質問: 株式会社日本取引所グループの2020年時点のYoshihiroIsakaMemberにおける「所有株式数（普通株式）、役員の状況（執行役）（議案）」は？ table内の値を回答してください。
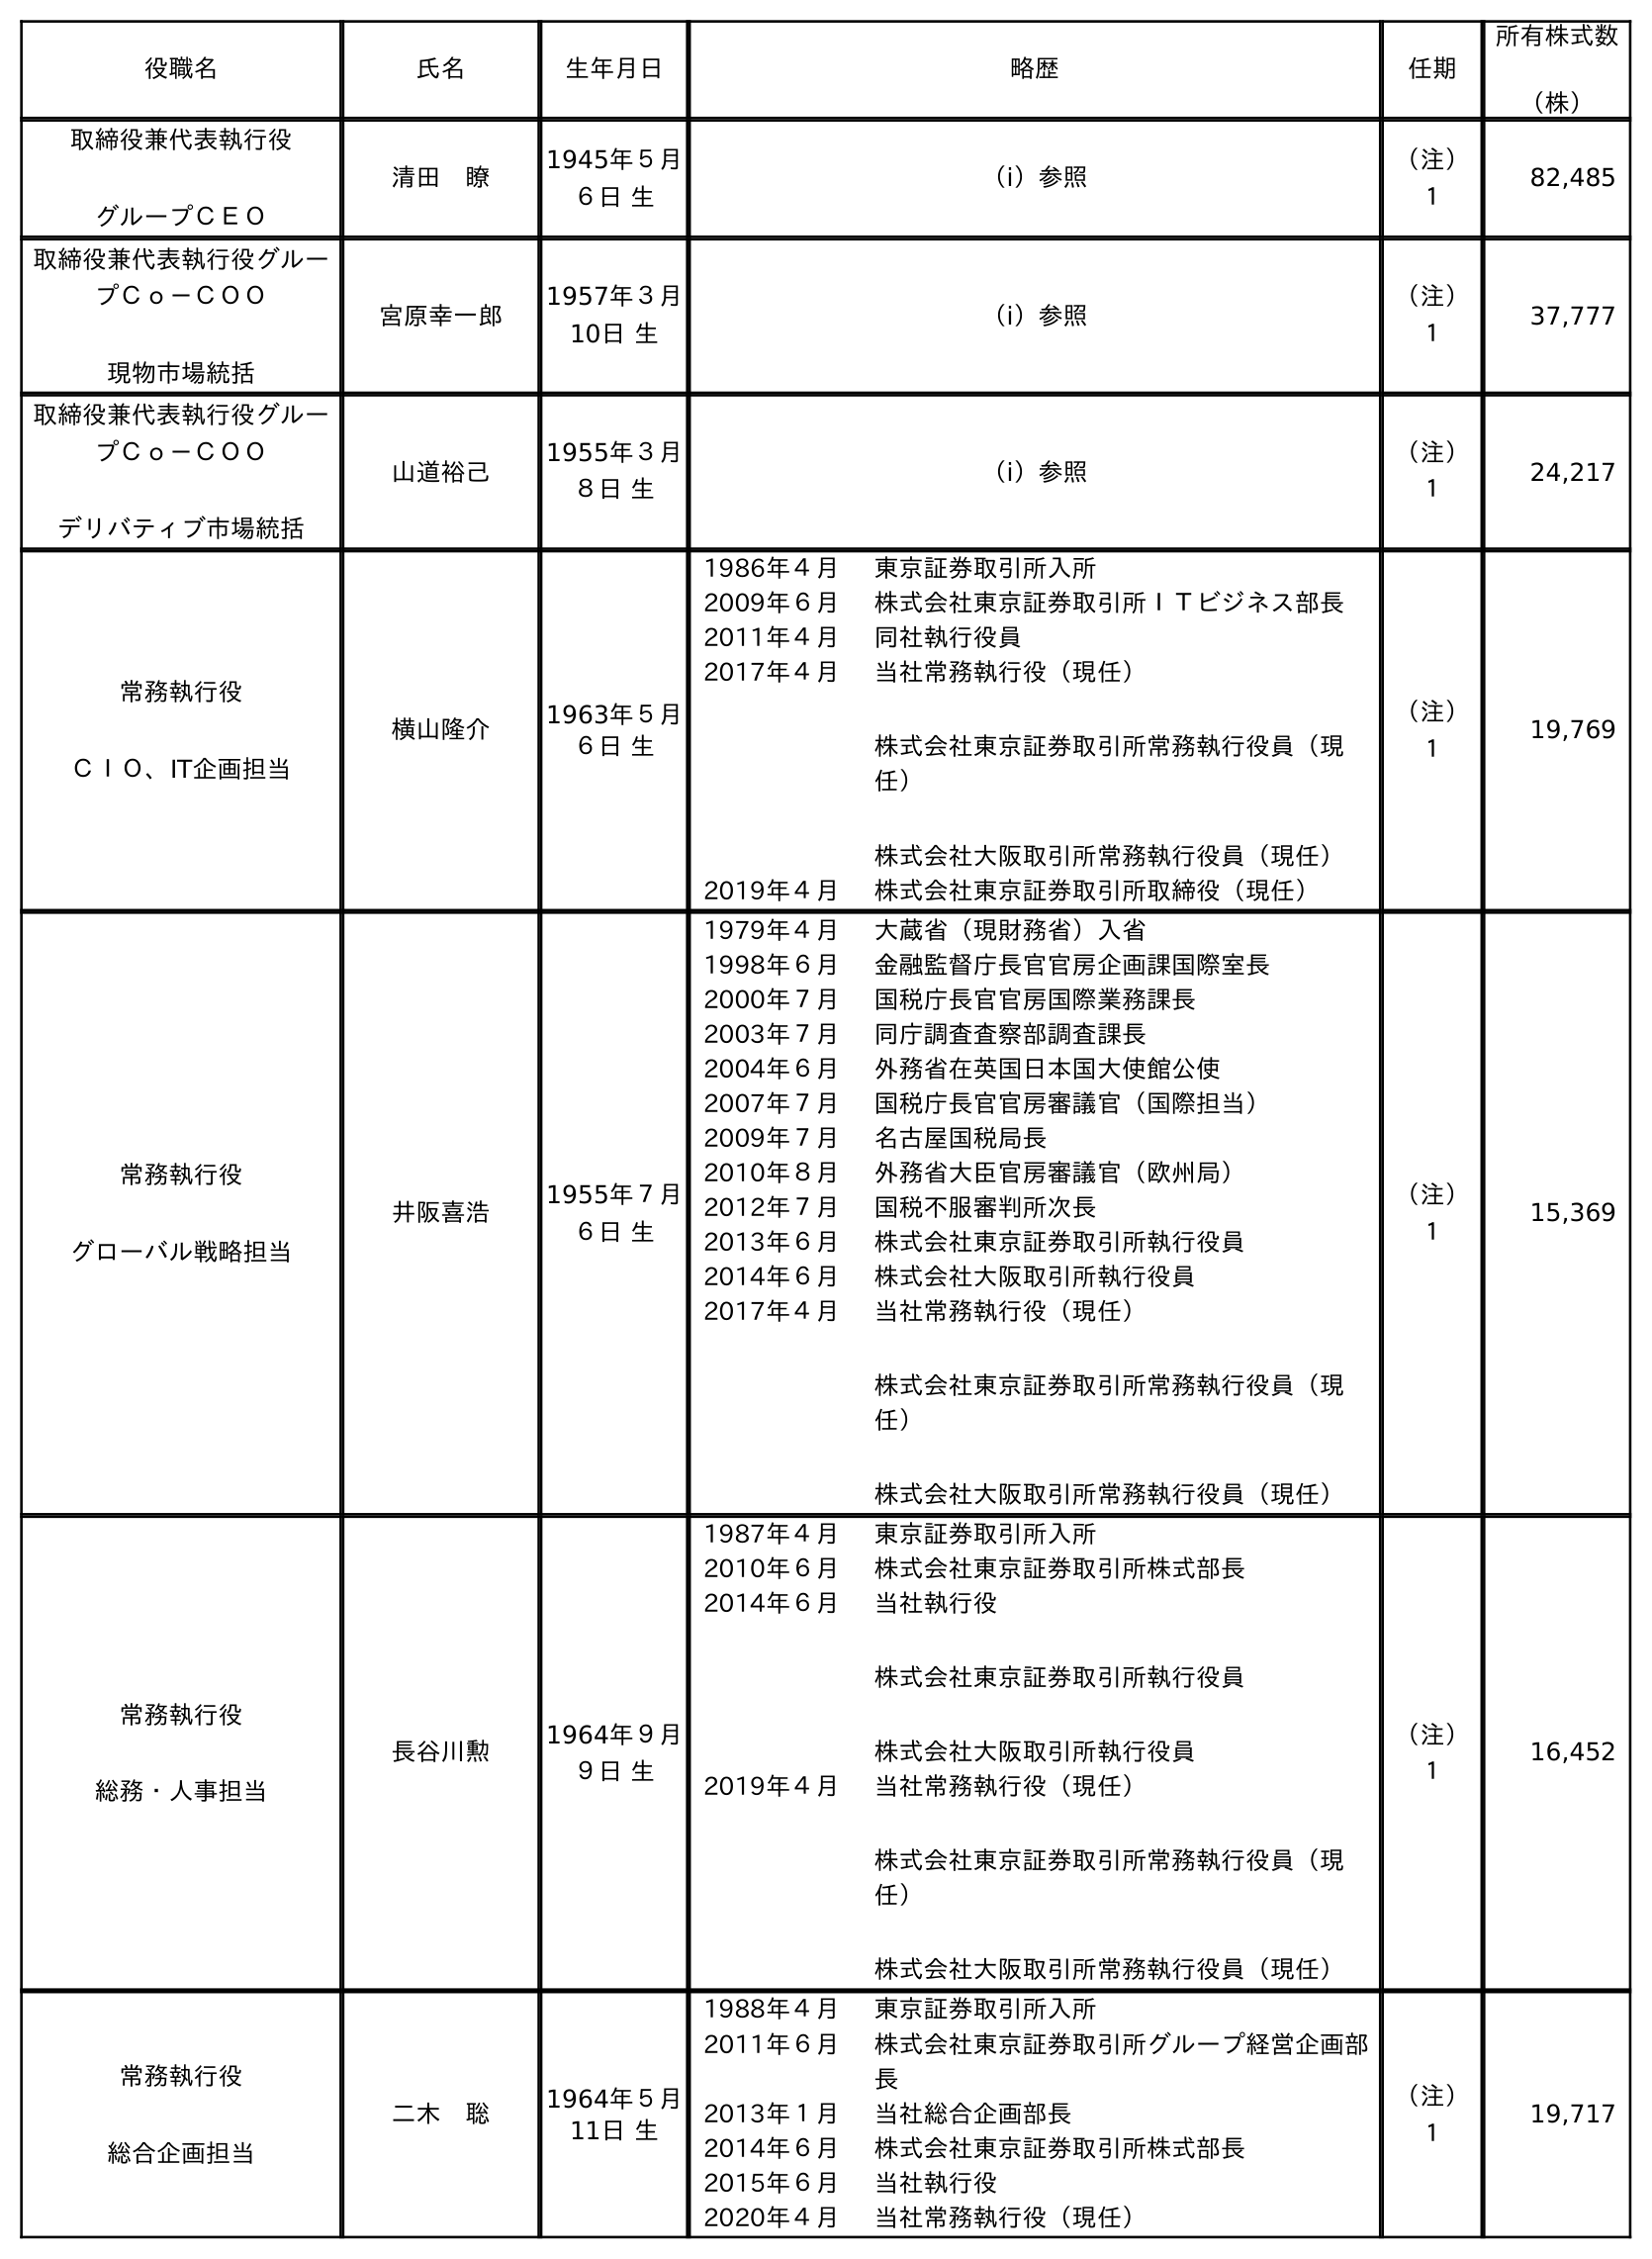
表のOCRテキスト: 役職名 氏名 生年月日 略歴 任期 所有株式数 （株） 取締役兼代表執行役 グループＣＥＯ 清田 瞭 1945年５月 ６日 生 （ⅰ）参照 （注） １ 82,485 取締役兼代表執行役グルー プＣｏ－ＣＯＯ 現物市場統括 宮原幸一郎 1957年３月 10日 生 （ⅰ）参照 （注） １ 37,777 取締役兼代表執行役グルー プＣｏ－ＣＯＯ デリバティブ市場統括 山道裕己 1955年３月 ８日 生 （ⅰ）参照 （注） １ 24,217 常務執行役 ＣＩＯ、IT企画担当 横山隆介 1963年５月 ６日 生 1986年４月 東京証券取引所入所 2009年６月 株式会社東京証券取引所ＩＴビジネス部長 2011年４月 同社執行役員 2017年４月 当社常務執行役（現任） 株式会社東京証券取引所常務執行役員（現 任） 株式会社大阪取引所常務執行役員（現任） 2019年４月 株式会社東京証券取引所取締役（現任） （注） １ 19,769 常務執行役 グローバル戦略担当 井阪喜浩 1955年７月 ６日 生 1979年４月 大蔵省（現財務省）入省 1998年６月 金融監督庁長官官房企画課国際室長 2000年７月 国税庁長官官房国際業務課長 2003年７月 同庁調査査察部調査課長 2004年６月 外務省在英国日本国大使館公使 2007年７月 国税庁長官官房審議官（国際担当） 2009年７月 名古屋国税局長 2010年８月 外務省大臣官房審議官（欧州局） 2012年７月 国税不服審判所次長 2013年６月 株式会社東京証券取引所執行役員 2014年６月 株式会社大阪取引所執行役員 2017年４月 当社常務執行役（現任） 株式会社東京証券取引所常務執行役員（現 任） 株式会社大阪取引所常務執行役員（現任） （注） １ 15,369 常務執行役 総務・人事担当 長谷川勲 1964年９月 ９日 生 1987年４月 東京証券取引所入所 2010年６月 株式会社東京証券取引所株式部長 2014年６月 当社執行役 株式会社東京証券取引所執行役員 株式会社大阪取引所執行役員 2019年４月 当社常務執行役（現任） 株式会社東京証券取引所常務執行役員（現 任） 株式会社大阪取引所常務執行役員（現任） （注） １ 16,452 常務執行役 総合企画担当 二木 聡 1964年５月 11日 生 1988年４月 東京証券取引所入所 2011年６月 株式会社東京証券取引所グループ経営企画部 長 2013年１月 当社総合企画部長 2014年６月 株式会社東京証券取引所株式部長 2015年６月 当社執行役 2020年４月 当社常務執行役（現任） （注） １ 19,717
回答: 15,369